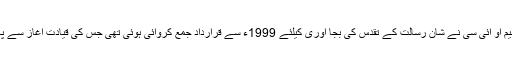
اسلامی تعاون کی تنظیم او آئی سی نے شانِ رسالت کے تقدس کی بجا آوری کیلئے 1999ء سے قرارداد جمع کروائی ہوئی تھی جس کی قیادت آغاز سے پاکستان ہی کر رہا تھا۔